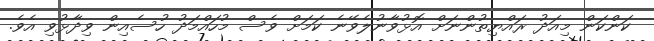
ކަންކަން މިއަދު ރައްޔިތުންނަށް އޮޅުވާނުލެވޭނެ ކަމަށް ވެސް މުހައްމަދު ހުސެއިން ވިދާޅުވި އެވެ.